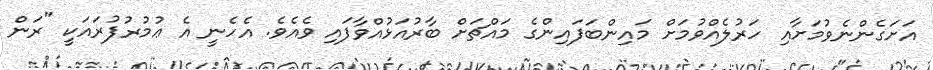
އަށަގެންނެވުމަށާއި ހަރުލެއްވުމަށް މައިންބަފައިންގެ މައްޗަށް ބާރުއަޅުއްވާފައި ވެއެވެ. އެހެނީ އެ ޢުމުރުފުރައަކީ "ރަން